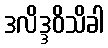
ဒလိဒ္ဒဝိသိခါ